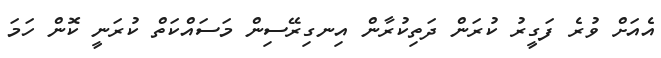
އެއަށް ވުރެ ފަގީރު ކުރަން ދަތިކުރާން އިނގިރޭސިން މަސައްކަތް ކުރަނީ ކޮން ހަމަ